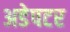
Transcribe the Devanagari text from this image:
अडेपटर